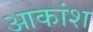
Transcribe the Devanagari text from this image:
आकांश